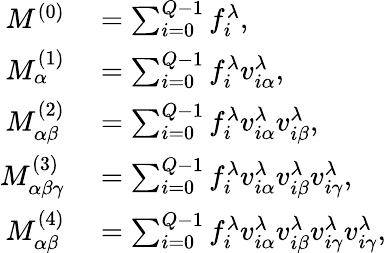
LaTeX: \begin{array}{rl}{M^{(0)}}&{{}=\sum_{i=0}^{Q-1}f_{i}^{\lambda},}\\ {M_{\alpha}^{(1)}}&{{}=\sum_{i=0}^{Q-1}f_{i}^{\lambda}v_{i\alpha}^{\lambda},}\\ {M_{\alpha\beta}^{(2)}}&{{}=\sum_{i=0}^{Q-1}f_{i}^{\lambda}v_{i\alpha}^{\lambda}v_{i\beta}^{\lambda},}\\ {M_{\alpha\beta\gamma}^{(3)}}&{{}=\sum_{i=0}^{Q-1}f_{i}^{\lambda}v_{i\alpha}^{\lambda}v_{i\beta}^{\lambda}v_{i\gamma}^{\lambda},}\\ {M_{\alpha\beta}^{(4)}}&{{}=\sum_{i=0}^{Q-1}f_{i}^{\lambda}v_{i\alpha}^{\lambda}v_{i\beta}^{\lambda}v_{i\gamma}^{\lambda}v_{i\gamma}^{\lambda},}\end{array}